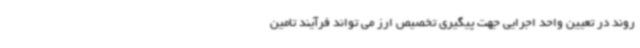
روند در تعیین واحد اجرایی جهت پیگیری تخصیص ارز می تواند فرآیند تامین